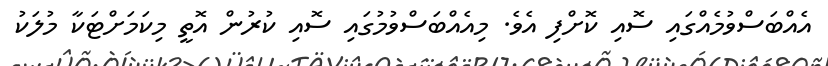
އެއްބަސްވުމެއްގައި ސޮއި ކޮށްފި އެވެ. މިއެއްބަސްވުމުގައި ސޮއި ކުރުން އޮތީ މިކަމަށްޓަކާ މުލަކު